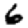
Digit: 6